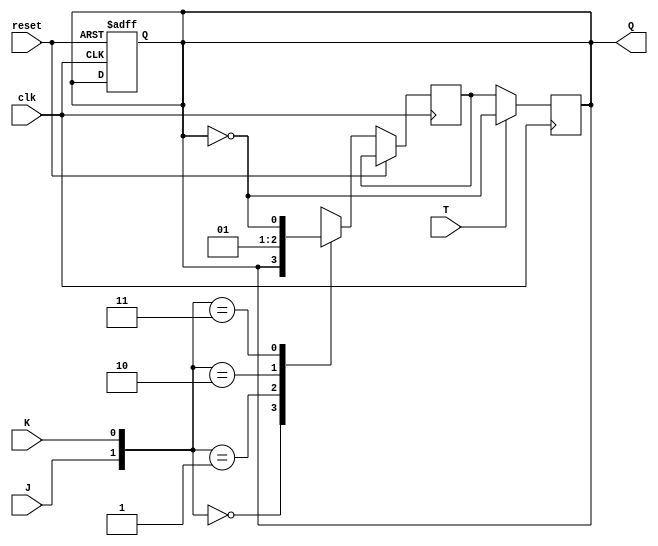
module t_ff_jk (
    input wire clk,
    input wire reset,
    input wire J,
    input wire K,
    input wire T,
    output reg Q
);

reg Q_next;

always @(posedge clk or posedge reset) begin
    if (reset) begin
        Q <= 1'b0;
    end else begin
        case ({J, K})
            2'b00: Q_next = Q;
            2'b01: Q_next = 1'b0;
            2'b10: Q_next = 1'b1;
            2'b11: Q_next = ~Q;
            default: Q_next = Q;
        endcase
    end
end

always @(posedge clk) begin
    Q <= T ? ~Q : Q_next;
end

endmodule